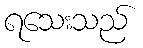
ရသေးသည်